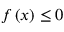
f \left( x \right) \leq 0